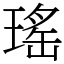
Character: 瑤